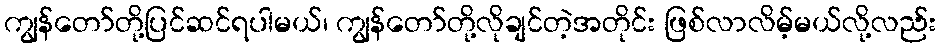
ကျွန်တော်တို့ပြင်ဆင်ရပါမယ်၊ ကျွန်တော်တို့လိုချင်တဲ့အတိုင်း ဖြစ်လာလိမ့်မယ်လို့လည်း